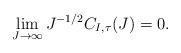
LaTeX: \begin{align*}\lim_{J\to\infty} J^{-1/2}C_{I, \tau}(J)=0.\end{align*}